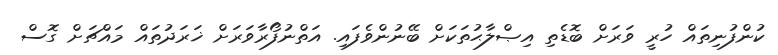
ކުންފުނިތައް ހުރީ ވަރަށް ބޮޑެތި އިޞްލާޙުތަކަށް ބޭނުންވެފައި. އަތްނުފޯރާވަރަށް ޚަރަދުތައް މައްޗަށް ގޮސް